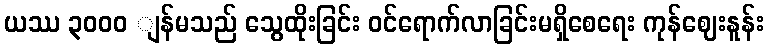
ယဿ ၃၀၀ဝ ျန်မသည် သွေထိုးခြင်း ဝင်ရောက်လာခြင်းမရှိစေရေး ကုန်ဈေးနူန်း